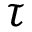
\tau